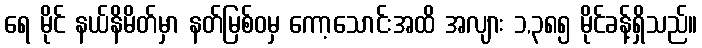
ရေ မိုင် နယ်နိမိတ်မှာ နတ်မြစ်ဝမှ ကော့သောင်းအထိ အလျား ၁,၃၈၅ မိုင်ခန့်ရှိသည်။